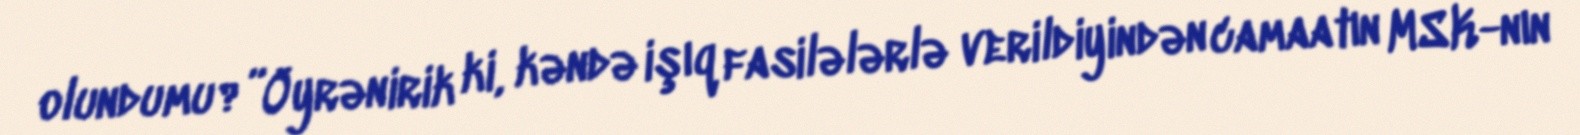
olundumu?”Öyrənirik ki, kəndə işıq fasilələrlə verildiyindən camaatın MSK-nın